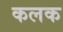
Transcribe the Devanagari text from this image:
कलक